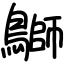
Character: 鶳